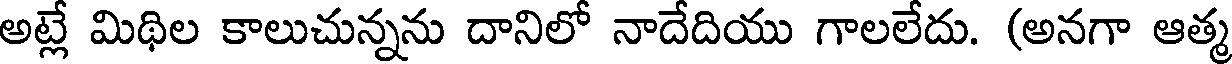
అట్లే మిథిల కాలుచున్నను దానిలో నాదేదియు గాలలేదు. (అనగా ఆత్మ